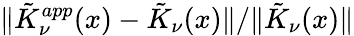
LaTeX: \| \tilde{K}_{\nu}^{app}(x)-\tilde{K}_{\nu}(x)\| /\| \tilde{K}_{\nu}(x)\|